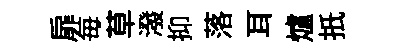
扉毎草潑抑落耳爐扺